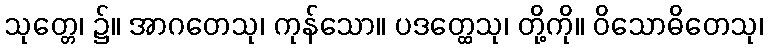
သုတ္တေ၊ ၌။ အာဂတေသု၊ ကုန်သော။ ပဒတ္ထေသု၊ တို့ကို။ ဝိသောဓိတေသု၊